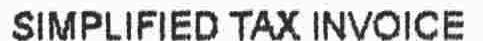
SIMPLIFIED TAX INVOICE